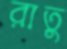
রাতু